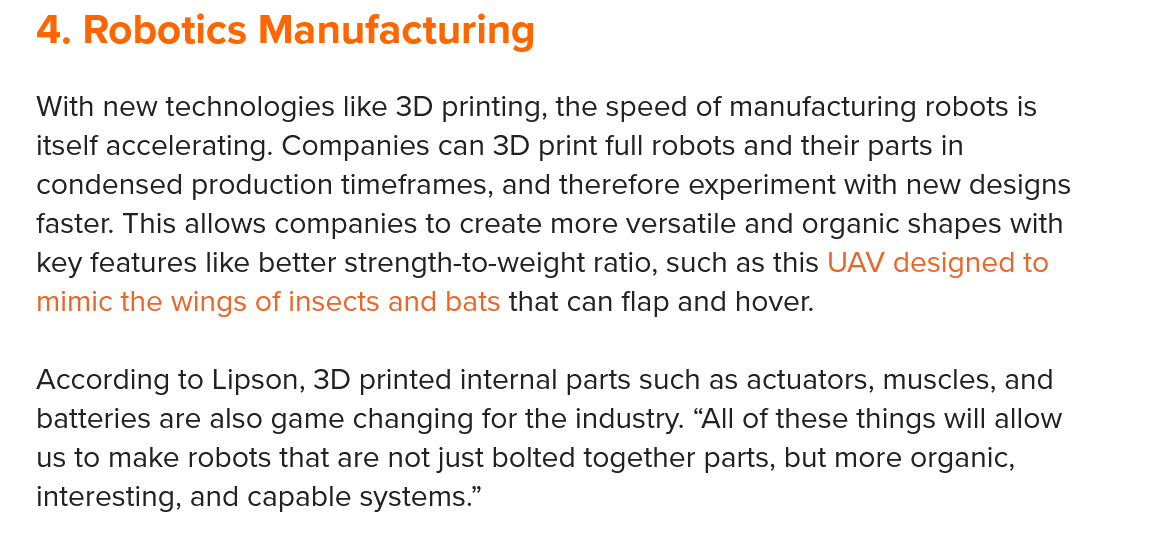
4. Robotics    Manufacturing
   With new technologies like 3D printing, the speed of manufacturing robots is
   itself accelerating. Companies can 3D print full robots and their parts in
   condensed production timeframes, and therefore experiment with new designs
   faster. This allows companies to create more versatile and organic shapes with
   key features like better strength-to-weight ratio, such as this UAV designed to
   mimic the wings of insects and bats that can flap and hover.
   According to Lipson, 3D printed internal parts such as actuators, muscles, and
   batteries are also game changing for the industry. “All of these things will allow
   us to make robots that are not just bolted together parts, but more organic,
   interesting, and capable systems.”